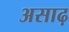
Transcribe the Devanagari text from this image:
असाढ़